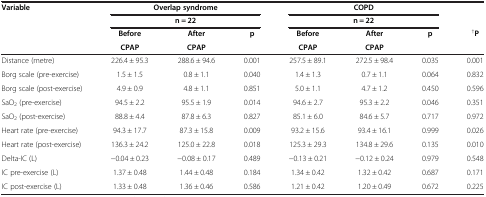
<table><thead><tr><td rowspan="3"><b>Variable</b></td><td colspan="3"><b>Overlap syndrome</b></td><td colspan="3"><b>COPD</b></td><td rowspan="2"><b> </b></td></tr><tr><td colspan="3"><b>n = 22</b></td><td colspan="3"><b>n = 22</b></td></tr><tr><td><b>Before</b></td><td><b>After</b></td><td rowspan="2"><b>p</b></td><td><b>Before</b></td><td><b>After</b></td><td rowspan="2"><b>p</b></td><td rowspan="2"><b><sup>†</sup>P</b></td></tr><tr><td><b> </b></td><td><b> </b></td><td><b>CPAP</b></td><td><b>CPAP</b></td><td><b>CPAP</b></td><td><b>CPAP</b></td></tr></thead><tbody><tr><td>Distance (metre)</td><td>226.4 ± 95.3</td><td>288.6 ± 94.6</td><td>0.001</td><td>257.5 ± 89.1</td><td>272.5 ± 98.4</td><td>0.035</td><td>0.001</td></tr><tr><td>Borg scale (pre-exercise)</td><td>1.5 ± 1.5</td><td>0.8 ± 1.1</td><td>0.040</td><td>1.4 ± 1.3</td><td>0.7 ± 1.1</td><td>0.064</td><td>0.832</td></tr><tr><td>Borg scale (post-exercise)</td><td>4.9 ± 0.9</td><td>4.8 ± 1.1</td><td>0.851</td><td>5.0 ± 1.1</td><td>4.7 ± 1.2</td><td>0.450</td><td>0.596</td></tr><tr><td>SaO<sub>2</sub> (pre-exercise)</td><td>94.5 ± 2.2</td><td>95.5 ± 1.9</td><td>0.014</td><td>94.6 ± 2.7</td><td>95.3 ± 2.2</td><td>0.046</td><td>0.351</td></tr><tr><td>SaO<sub>2</sub> (post-exercise)</td><td>88.8 ± 4.4</td><td>87.8 ± 6.3</td><td>0.827</td><td>85.1 ± 6.0</td><td>84.6 ± 5.7</td><td>0.717</td><td>0.972</td></tr><tr><td>Heart rate (pre-exercise)</td><td>94.3 ± 17.7</td><td>87.3 ± 15.8</td><td>0.009</td><td>93.2 ± 15.6</td><td>93.4 ± 16.1</td><td>0.999</td><td>0.026</td></tr><tr><td>Heart rate (post-exercise)</td><td>136.3 ± 24.2</td><td>125.0 ± 22.8</td><td>0.018</td><td>125.3 ± 29.3</td><td>134.8 ± 29.6</td><td>0.135</td><td>0.010</td></tr><tr><td>Delta-IC (L)</td><td>−0.04 ± 0.23</td><td>−0.08 ± 0.17</td><td>0.489</td><td>−0.13 ± 0.21</td><td>−0.12 ± 0.24</td><td>0.979</td><td>0.548</td></tr><tr><td>IC pre-exercise (L)</td><td>1.37 ± 0.48</td><td>1.44 ± 0.48</td><td>0.184</td><td>1.34 ± 0.42</td><td>1.32 ± 0.42</td><td>0.687</td><td>0.171</td></tr><tr><td>IC post-exercise (L)</td><td>1.33 ± 0.48</td><td>1.36 ± 0.46</td><td>0.586</td><td>1.21 ± 0.42</td><td>1.20 ± 0.49</td><td>0.672</td><td>0.225</td></tr></tbody></table>